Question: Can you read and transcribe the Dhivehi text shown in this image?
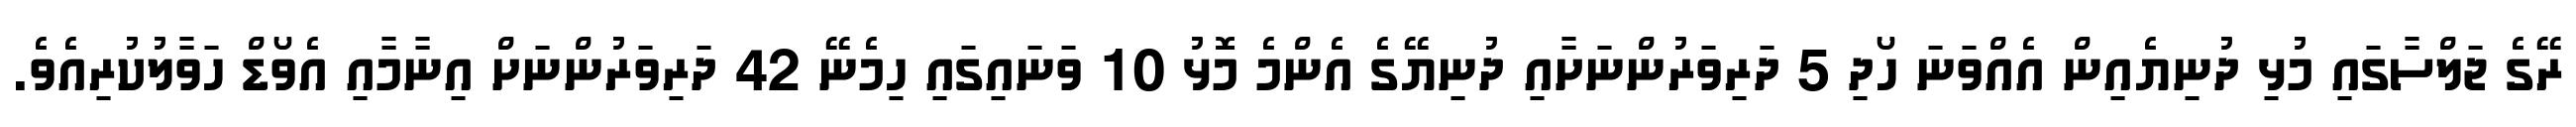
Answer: ރޭގެ ޖަލްސާގައި މުޅި ދުނިޔެއިން އެއްވަނަ ހޯދި 5 ދަރިވަރުންނަށާއި ދުނިޔޭގެ އެންމެ މޮޅު 10 ވަނައިގައި ހިމެނޭ 42 ދަރިވަރުންނަށް އިނާމާއި އެވޯޑް ހަވާލުކުރިއެވެ.